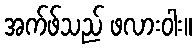
အက်ဖ်သည် ဖလားဝါး။